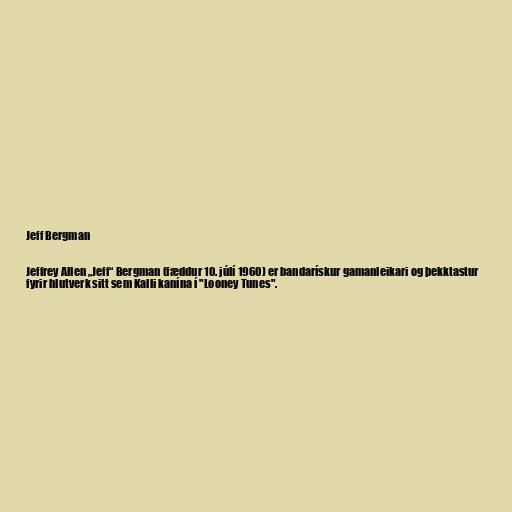
Jeff Bergman

Jeffrey Allen „Jeff“ Bergman (fæddur 10. júlí 1960) er bandarískur gamanleikari og þekktastur
fyrir hlutverk sitt sem Kalli kanína í "Looney Tunes".